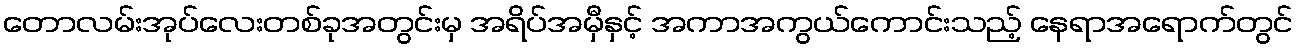
တောလမ်းအုပ်လေးတစ်ခုအတွင်းမှ အရိပ်အမှီနှင့် အကာအကွယ်ကောင်းသည့် နေရာအရောက်တွင်